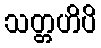
သတ္တဟိပိ